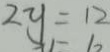
2 y = 1 2